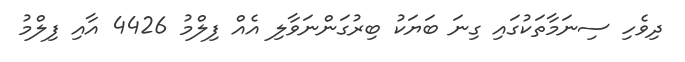
ދިވެހި ސިނަމާތަކުގައި ގިނަ ބަޔަކު ބިރުގަންނަވާލި އެއް ފިލްމު 4426 އާއި ފިލްމު